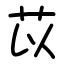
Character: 苡